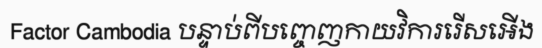
Factor Cambodia បន្ទាប់ពីបញ្ចេញកាយវិការរើសអើង